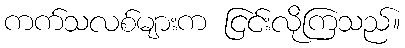
ကက်သလစ်များက ငြင်းလိုကြသည်။